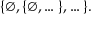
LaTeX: \{ \emptyset , \{ \emptyset , \dots \} , \dots \} .